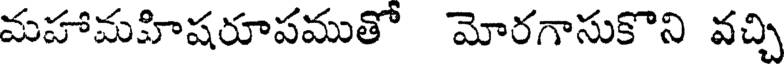
మహామహిషరూపముతో మోరగాసుకొని వచ్చి